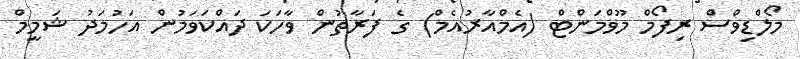
މޯލްޑިވްސް ރިފޯމް މޫވްމަންޓް (އެމްއާރުއެމް) ގެ ފަރާތުން ވާހަކަ ދައްކަވަމުން އަހުމަދު ޝަމީމް